Report on sanitation, dispensaries, and jails in Rajputana for 1910, and on vaccination for the year 1910-1911 - 1910-1911
Year: 1910
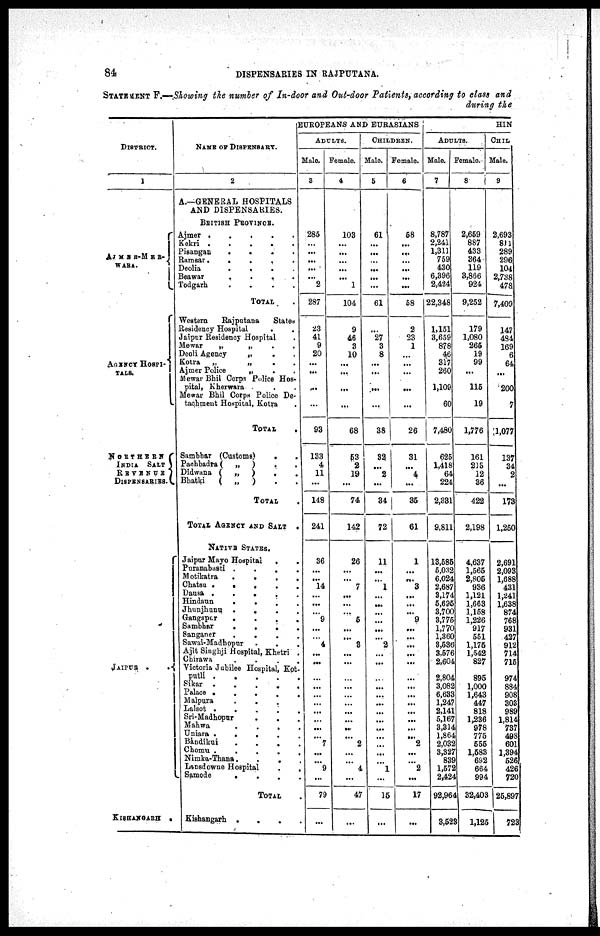
84
DISPENSARIES IN RAJPUTANA.
STATEMENT F.—Showing the number of In-door and Out-door Patients, according to class and
during the
DISTRICT.
1
AJMER-MER¬
WARA.
AGENCY HOSPI¬
TALS.
NORTHERN
INDIA
SALT
REVENUE
DISPENSARIES.
JAIPUR .
.
KISHANGARH
.
NAME OF DISPENSARY.
2
A.—GENERAL HOSPITALS
AND DISPENSARIES.
BRITISH PROVINCE.
Ajmer
.
.
.
.
.
Kekri .
.
.
.
.
Pisangan
.
.
.
.
Ramsar.
.
.
.
.
Deolia
.
.
.
.
Beawar
.
.
. .
Todgarh
.
.
.
.
TOTAL .
Western
Rajputana
States
Residency Hospital . .
Jaipur Residency Hospital .
Mewar
„
„
.
.
Deoli Agency
„ . .
Kotra
„
„ . .
Ajmer Police
„
. .
Mewar Bhil Corps Police Hos-
pital, Kherwava . . .
Mewar Bhil Corps Police De-
tachment Hospital, Kotra .
TOTAL
.
Sambhar (Customs)
.
.
Pachbadra(
„
)
. .
Didwana (
„
)
. .
Bhatki ( „ ) . .
TOTAL .
TOTAL AGENCY AND SALT
.
NATIVE STATES.
Jaipur Mayo Hospital
. .
Puranabasti .
.
.
.
Motikatra
.
. . .
Chatsu .
.
.
.
Dausa .
.
.
.
.
Hindaun
.
.
.
.
Jhunjhunu
.
.
.
.
Gangapur
.
.
.
.
Sambhar
.
.
.
.
Sanganer
.
.
.
.
Sawai-Madhopur . . .
Ajit Singhji Hospital, Khetri .
Chirawa
.
.
.
.
Victoria Jubilee Hospital, Kot¬
putli
.
.
.
.
.
Sikar
.
.
.
.
.
Palace .
.
.
.
.
Malpura
.
. . .
Lalsot .
.
.
.
.
Sri-Madhopur . . .
Mahwa
.
.
.
.
Uniara
.
.
.
.
.
Bandikui
.
.
.
.
Chomu .
.
.
.
.
Nimka-Thana.
.
. .
Lansdowne Hospital
.
.
Samode
.
.
.
.
TOTAL .
Kishangarh .
.
.
EUROPEANS AND EURASIANS
ADULTS.
Male.
3
285
...
...
...
...
...
2
287
23
41
9
20
...
...
...
...
93
133
4
11
...
148
241
36
...
...
14
...
...
...
9
...
...
4
...
...
...
...
...
...
...
...
...
...
7
...
...
9
...
79
...
Female.
4
103
...
...
...
...
...
1
104
9
46
3
10
...
...
...
...
68
53
2
19
...
74
142
26
...
...
7
...
...
...
6
...
...
3
...
...
...
...
...
...
...
...
...
...
2
...
...
4
...
47
...
CHILDREN.
Male.
5
61
...
...
...
...
...
...
61
...
27
3
8
...
...
...
...
38
32
...
2
...
34
72
11
...
...
1
...
...
...
...
...
...
2
...
...
...
...
...
...
...
...
...
...
...
...
...
1
...
15
...
Female.
6
68
...
...
...
...
...
...
68
2
23
1
...
...
...
...
...
26
31
...
4
...
35
61
1
...
...
3
...
...
...
9
...
...
...
...
...
...
...
...
...
...
...
...
...
2
...
...
2
...
17
...
HIN
ADULTS.
Male.
7
8,787
2,241
1,311
759
430
6,396
2,424
22,348
1,151
3,659
878
46
317
260
1,109
60
7,480
625
1,418
64
224
2,331
9,811
13,585
5,032
6,024
2,687
3,174
5,695
3,700
3,775
1,770
1,360
3,536
3,576
2,604
2,804
3,082
6,633
1,247
2,141
5,167
3,314
1,864
2,032
3,327
839
1,572
2,424
92,964
3,523
Female.
8
2,659
887
433
364
119
3,866
924
9,252
CHIL
Male.
9
2,693
811
289
296
104
2,738
478
7,409
179
1,080
265
19
99
...
115
19
1,776
161
213
12
36
422
2,198
4,637
1,565
2,805
936
1,121
1,663
1,158
1,226
917
551
1,175
1,542
827
895
1,000
1,643
447
818
1,236
978
775
555
1,583
692
664
994
32,403
1,125
147
484
169
6
64
...
200
7
1,077
137
34
2
...
173
1,250
2,691
2,093
1,688
431
1,241
1,638
874
768
931
427
912
714
715
974
884
908
303
989
1,814
737
498
601
1,394
526
426
720
25,897
723